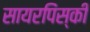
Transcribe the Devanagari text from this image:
सायरपिंस्की